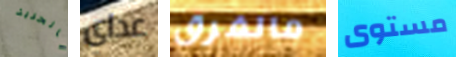
بالحرية عداي مالفرق مستوى